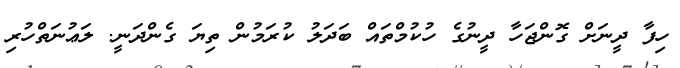
ހިފާ ދީނަށް ގޮންޖަހާ ދީނުގެ ހުކުމްތައް ބަދަލު ކުރަމުން ތިޔަ ގެންދަނީ. ލަޢުނަތްހުރި